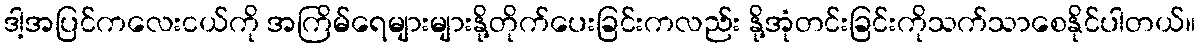
ဒါ့အပြင်ကလေးငယ်ကို အကြိမ်ရေများများနို့တိုက်ပေးခြင်းကလည်း နို့အုံတင်းခြင်းကိုသက်သာစေနိုင်ပါတယ်။